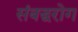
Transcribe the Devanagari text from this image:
संबद्धरोग